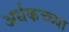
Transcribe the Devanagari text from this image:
अर्धकच्च्या